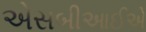
એસબીઆઈએ